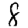
Digit: 8